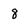
Character: 8